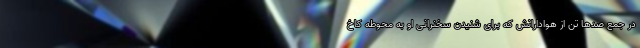
در جمع صدها تن از هوادارانش که برای شنیدن سخنرانی او به محوطه کاخ